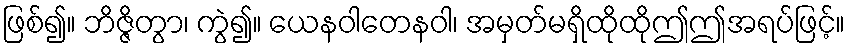
ဖြစ်၍။ ဘိဇ္ဇိတွာ၊ ကွဲ၍။ ယေနဝါတေနဝါ၊ အမှတ်မရှိထိုထိုဤဤအရပ်ဖြင့်။